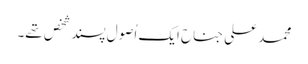
محمد علی جناح ایک اُصول پسند شخص تھے۔